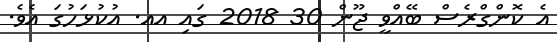
އެ ކޮންގްރެސް ބޭއްވީ ޖޫން 30 2018 ގައި އއ. އުކުޅަހުގަ އެވެ.